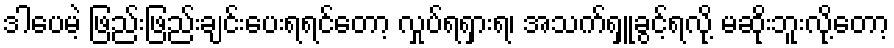
ဒါပေမဲ့ ဖြည်းဖြည်းချင်းပေးရရင်တော့ လှုပ်ရရှားရ၊ အသက်ရှူခွင့်ရလို့ မဆိုးဘူးလို့တော့